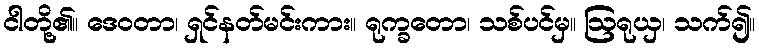
ငါတို့၏။ ဒေဝတာ၊ ရှင်နတ်မင်းကား။ ရုက္ခတော၊ သစ်ပင်မှ။ ဩရုယှ၊ သက်၍။